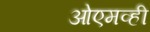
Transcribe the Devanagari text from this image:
ओएमव्ही